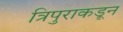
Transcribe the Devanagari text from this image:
त्रिपुराकडून